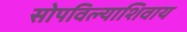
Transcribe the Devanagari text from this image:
सोपविल्याशिवाय